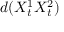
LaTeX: d ( X _ { t } ^ { 1 } X _ { t } ^ { 2 } )